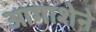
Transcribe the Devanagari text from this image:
आगाशेने